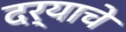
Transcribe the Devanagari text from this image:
दर्याचे